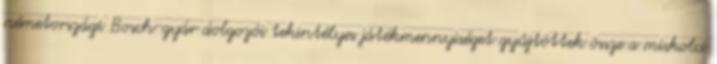
németországi Bosch-gyár dolgozói tekintélyes játékmennyiséget gyűjtöttek össze a miskolci